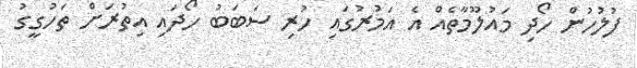
ފުލުހުން ހޯދި މައުލޫމާތެއް އެ އަމުރުގައި ހުރި ސަބަބު ހޯދައި އިތުރަށް ތަހުގީގު